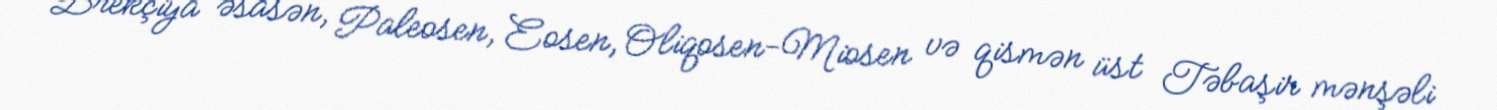
Brekçiya əsasən, Paleosen, Eosen, Oliqosen-Miosen və qismən üst Təbaşir mənşəli